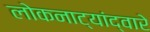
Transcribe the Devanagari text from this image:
लोकनाट्यांद्वारे